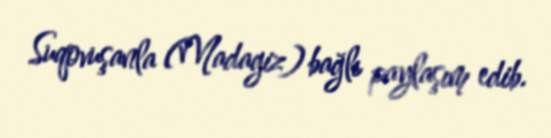
Suqovuşanla (Madagiz) bağlı paylaşım edib.